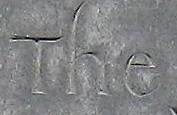
The